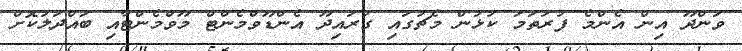
ވަންދޫ އިން އެންމެ ފުރަތަމަ ކުޅުން މެޗުގައި ގުރައިދޫ އެންޑޫވްމެންޓް މޫވްމެންޓާއި ބައްދަލުކޮށް